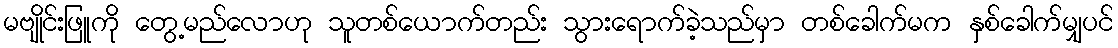
မဗျိုင်းဖြူကို တွေ့မည်လောဟု သူတစ်ယောက်တည်း သွားရောက်ခဲ့သည်မှာ တစ်ခေါက်မက နှစ်ခေါက်မျှပင်